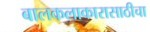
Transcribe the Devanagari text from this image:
बालकलाकारासाठीचा